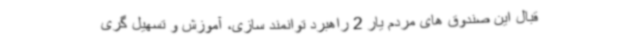
قبال این صندوق های مردم یار 2 راهبرد توانمند سازی، آموزش و تسهیل گری